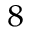
^ 8